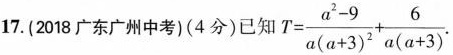
17.(2018广东广州中考)(4分)已知 $$T= \frac{a^{2}-9}{a(a+3)^{2}}+ \frac{6}{a(a+3)}$$.